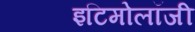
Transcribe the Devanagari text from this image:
इटिमोलॉजी